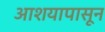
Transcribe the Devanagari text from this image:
आशयापासून